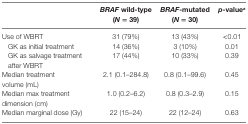
|  | BRAF wild-type (N = 39) | BRAF-mutated (N = 30) | p-valuea |
 | --- | --- | --- | --- |
 | Use of WBRT | 31 (79%) | 13 (43%) | <0.01 |
 | GK as initial treatment | 14 (36%) | 3 (10%) | 0.01 |
 | GK as salvage treatment after WBRT | 17 (44%) | 10 (33%) | 0.39 |
 | Median treatment volume (mL) | 2.1 (0.1–284.8) | 0.8 (0.1–99.6) | 0.45 |
 | Median max treatment dimension (cm) | 1.0 (0.2–6.2) | 0.8 (0.3–2.9) | 0.15 |
 | Median marginal dose (Gy) | 22 (15–24) | 22 (12–24) | 0.63 |